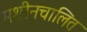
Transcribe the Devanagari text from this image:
मशीनचालित